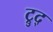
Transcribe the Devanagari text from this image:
ट्रुद्